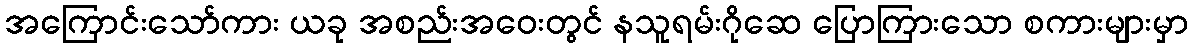
အကြောင်းသော်ကား ယခု အစည်းအဝေးတွင် နသူရမ်းဂိုဆေ ပြောကြားသော စကားများမှာ